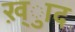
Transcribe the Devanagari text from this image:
ख़्ुाद